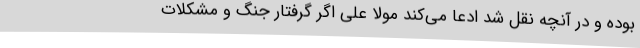
بوده و در آنچه نقل شد ادعا می‌کند مولا علی اگر گرفتار جنگ و مشکلات